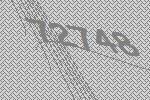
72748